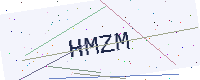
Text: HMZM